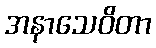
အနာသေဝိတာ